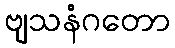
ဗျသနံဂတော